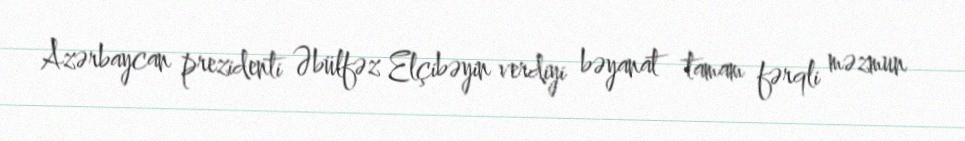
Azərbaycan prezidenti Əbülfəz Elçibəyin verdiyi bəyanat tamam fərqli məzmun